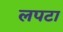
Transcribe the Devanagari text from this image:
लपटा